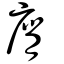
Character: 膺